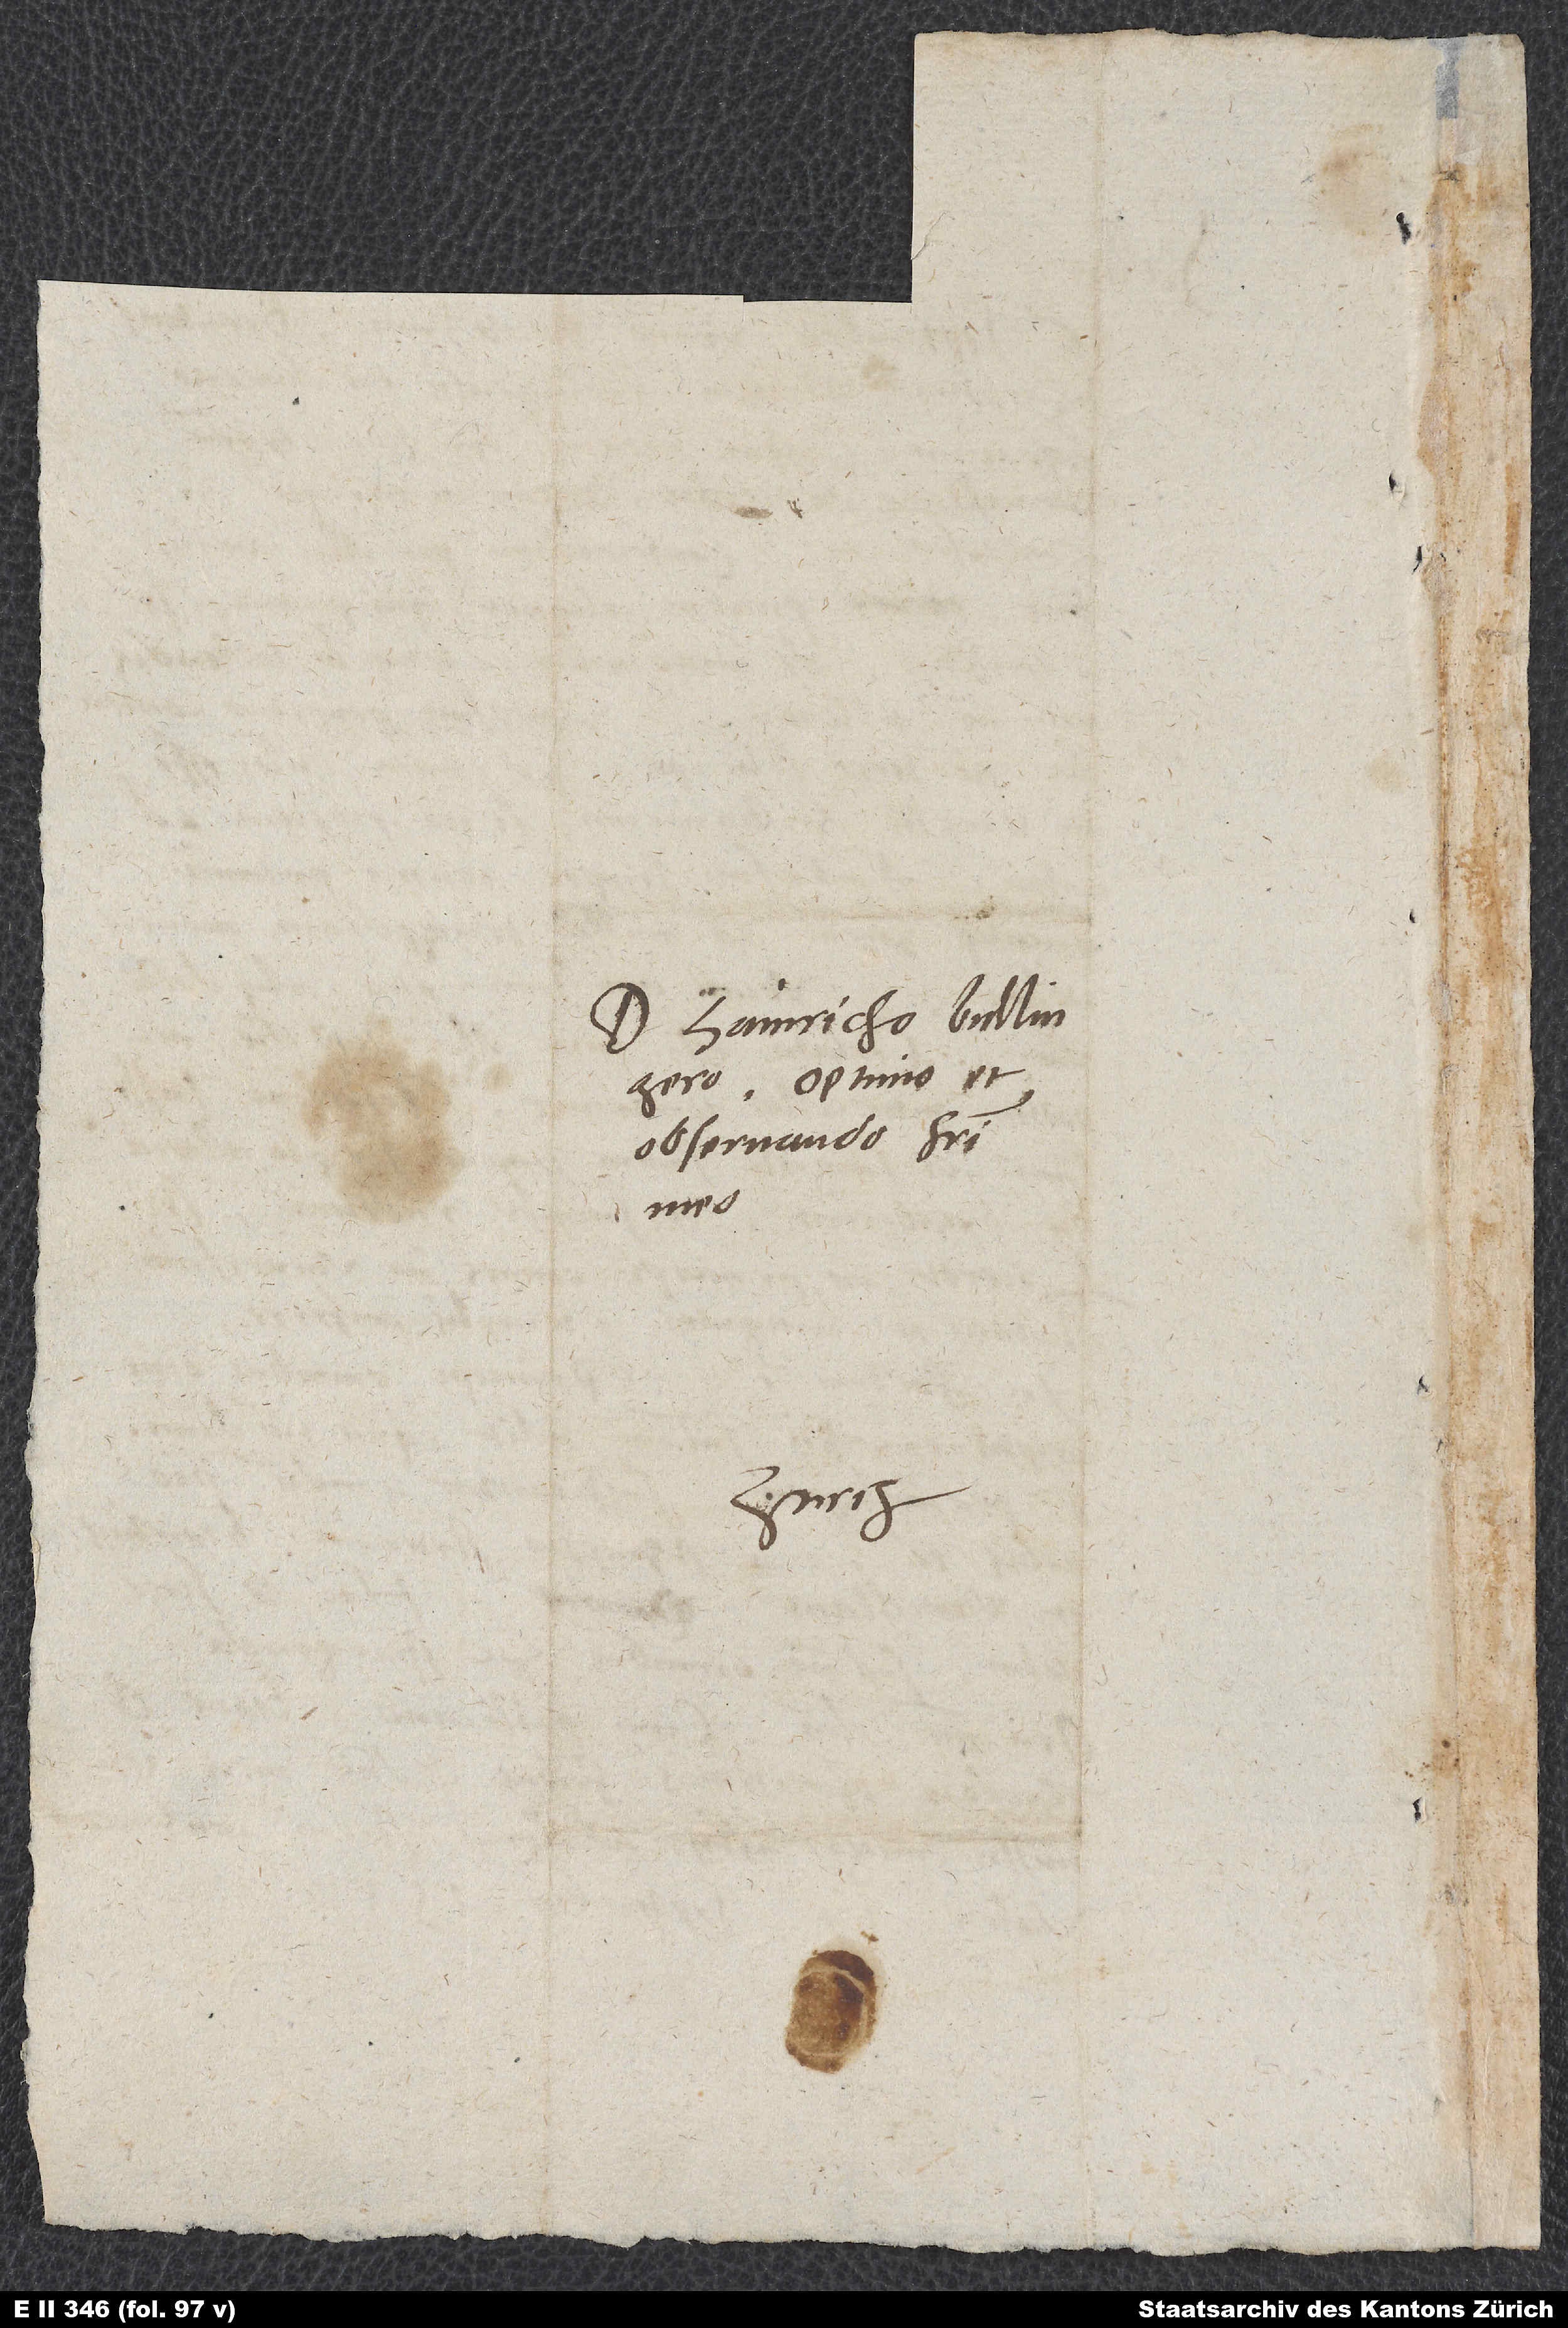
Domino Hainricho Bullingero,
optimo et
observando fratri
meo.
Zurch.